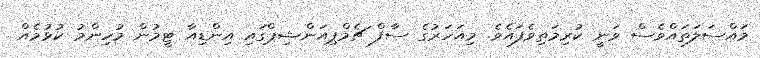
މައްސަލަތައްވެސް ވަނީ ކުރިމަތިވެފައެވެ. މިއަހަރުގެ ސާފް ޗެމްޕިއަންޝިޕްގައި އިންޑިއާ ޓީމުން މުހިންމު ކުޅުމެއް